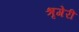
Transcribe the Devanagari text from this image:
श्रृगेरी